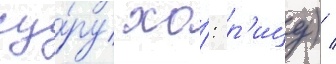
су́ру хо́: р'ицу) /